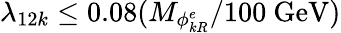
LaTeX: \lambda_{12k}\leq 0.08(M_{\phi_{kR}^{e}}/100\ \mathrm{GeV})